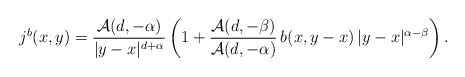
\begin{align*}j^{b}(x,y)= \frac{{\cal A}(d, -\alpha)}{|y-x|^{d+\alpha}}\left( 1+ \frac{{\cal A}(d, -\beta)}{{\cal A}(d, -\alpha)}\,b(x, y-x)\, |y-x|^{\alpha-\beta} \right) .\end{align*}